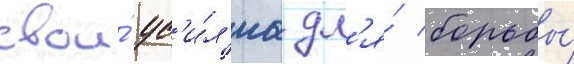
свои́ ус'и́л'иа дл'я́ борьбы́